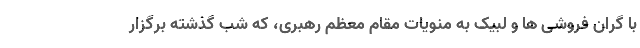
با گران فروشی ها و لبیک به منویات مقام معظم رهبری، که شب گذشته برگزار